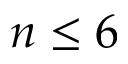
n \leq 6